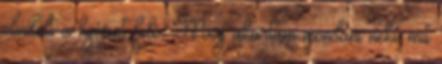
elindult a kijárat felé. Meg akartam mondani neki, mit